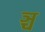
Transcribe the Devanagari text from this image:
ञ्च